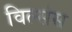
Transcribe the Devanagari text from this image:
विल्संस